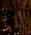
انا